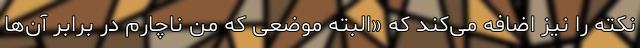
نکته را نیز اضافه می‌کند که «البته موضعی که من ناچارم در برابر آن‌ها